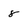
Character: 8